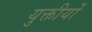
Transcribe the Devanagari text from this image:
युक्तीयों